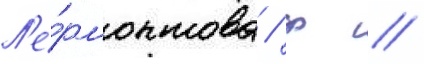
Л'е́рмонтова / ф //